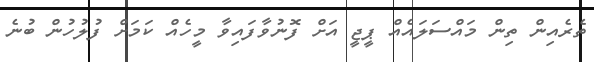
ތެރެއިން ތިން މައްސަލައެއް ޕީޖީ އަށް ފޮނުވާފައިވާ މީހެއް ކަމަށް ފުލުހުން ބުނެ